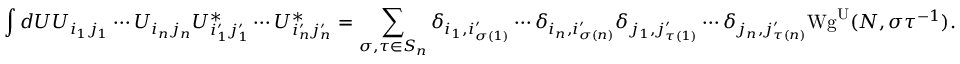
\int d U U _ { i _ { 1 } j _ { 1 } } \cdots U _ { i _ { n } j _ { n } } U _ { i _ { 1 } ^ { \prime } j _ { 1 } ^ { \prime } } ^ { * } \cdots U _ { i _ { n } ^ { \prime } j _ { n } ^ { \prime } } ^ { * } = \sum _ { \sigma , \tau \in S _ { n } } \delta _ { i _ { 1 } , i _ { \sigma ( 1 ) } ^ { \prime } } \cdots \delta _ { i _ { n } , i _ { \sigma ( n ) } ^ { \prime } } \delta _ { j _ { 1 } , j _ { \tau ( 1 ) } ^ { \prime } } \cdots \delta _ { j _ { n } , j _ { \tau ( n ) } ^ { \prime } } \mathrm { W g } ^ { \mathrm { U } } ( N , \sigma \tau ^ { - 1 } ) .